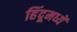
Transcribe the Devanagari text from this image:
हिंदूमध्यें